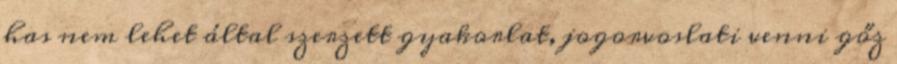
has nem lehet által szerzett gyakorlat, jogorvoslati venni gőz